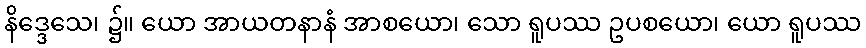
နိဒ္ဒေသေ၊ ၌။ ယော အာယတနာနံ အာစယော၊ သော ရူပဿ ဥပစယော၊ ယော ရူပဿ